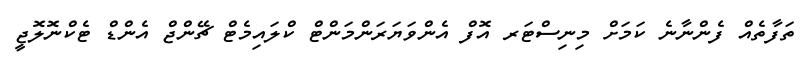
ތަފާތެއް ފެންނާނެ ކަމަށް މިނިސްޓަރ އޮފް އެންވަޔަރަންމަންޓް ކްލައިމެޓް ޗޭންޖް އެންޑް ޓެކްނޮލޮޖީ